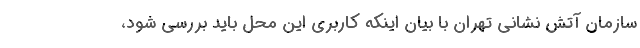
سازمان آتش نشانی تهران با بیان اینکه کاربری این محل باید بررسی شود،